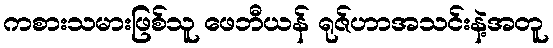
ကစားသမားဖြစ်သူ ဖေဘီယန် ရုဇ်ဟာအသင်းနဲ့အတူ